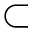
\subset